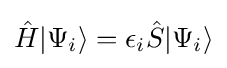
{\hat {H}}|\Psi _{i}\rangle =\epsilon _{i}{\hat {S}}|\Psi _{i}\rangle